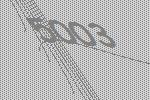
5003